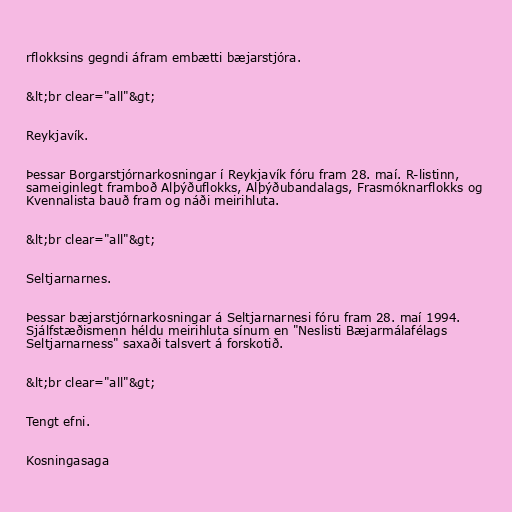
rflokksins gegndi áfram embætti bæjarstjóra.

&lt;br clear="all"&gt;

Reykjavík.

Þessar Borgarstjórnarkosningar í Reykjavík fóru fram 28. maí. R-listinn,
sameiginlegt framboð Alþýðuflokks, Alþýðubandalags, Frasmóknarflokks og
Kvennalista bauð fram og náði meirihluta.

&lt;br clear="all"&gt;

Seltjarnarnes.

Þessar bæjarstjórnarkosningar á Seltjarnarnesi fóru fram 28. maí 1994.
Sjálfstæðismenn héldu meirihluta sínum en "Neslisti Bæjarmálafélags
Seltjarnarness" saxaði talsvert á forskotið.

&lt;br clear="all"&gt;

Tengt efni.

Kosningasaga